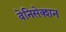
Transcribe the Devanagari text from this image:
वेनिसेक्शन